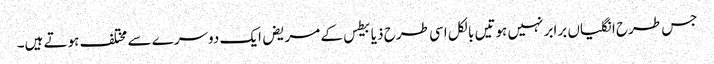
جس طرح انگلیاں برابر نہیں ہوتیں بالکل اسی طرح ذیابیطس کے مریض ایک دوسرے سے مختلف ہوتے ہیں۔